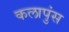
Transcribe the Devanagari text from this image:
कलापुंस